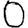
Digit: 0